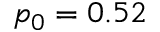
p _ { 0 } = 0 . 5 2